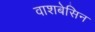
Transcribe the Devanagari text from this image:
वाशबेसिन